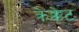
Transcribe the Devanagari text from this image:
क्रेक्केट